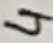
Text: 4